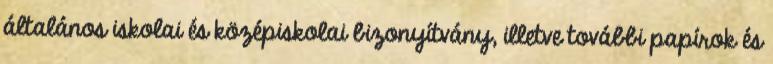
általános iskolai és középiskolai bizonyítvány, illetve további papírok és